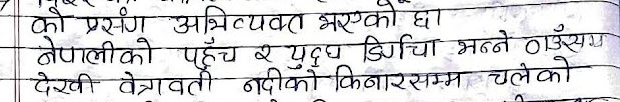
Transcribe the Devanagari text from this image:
को प्रसंग अभिव्यक्त भएको छा
नेपालीको पहुँच र युद्ध डिर्गाचा भन्ने ठाउँसम
देखी वेत्रावती नदीको किनारसम्म चलेको